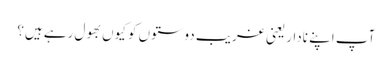
آپ اپنے نادار یعنی غریب دوستوں کو کیوں بھول رہے ہیں؟